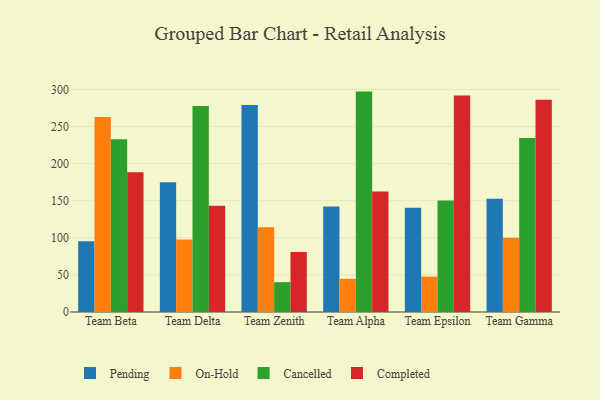
{"axis": {"x": "Team", "y": "LTV (USD)"}, "legend": ["Cancelled", "Completed", "On-Hold", "Pending"], "data": [{"x": "Team Beta", "y": 95.3, "type": "Pending"}, {"x": "Team Beta", "y": 262.9, "type": "On-Hold"}, {"x": "Team Beta", "y": 232.7, "type": "Cancelled"}, {"x": "Team Beta", "y": 188.3, "type": "Completed"}, {"x": "Team Delta", "y": 175.0, "type": "Pending"}, {"x": "Team Delta", "y": 97.8, "type": "On-Hold"}, {"x": "Team Delta", "y": 277.5, "type": "Cancelled"}, {"x": "Team Delta", "y": 143.2, "type": "Completed"}, {"x": "Team Zenith", "y": 279.0, "type": "Pending"}, {"x": "Team Zenith", "y": 114.2, "type": "On-Hold"}, {"x": "Team Zenith", "y": 40.2, "type": "Cancelled"}, {"x": "Team Zenith", "y": 80.9, "type": "Completed"}, {"x": "Team Alpha", "y": 142.3, "type": "Pending"}, {"x": "Team Alpha", "y": 44.7, "type": "On-Hold"}, {"x": "Team Alpha", "y": 297.0, "type": "Cancelled"}, {"x": "Team Alpha", "y": 162.5, "type": "Completed"}, {"x": "Team Epsilon", "y": 140.5, "type": "Pending"}, {"x": "Team Epsilon", "y": 47.7, "type": "On-Hold"}, {"x": "Team Epsilon", "y": 150.3, "type": "Cancelled"}, {"x": "Team Epsilon", "y": 291.9, "type": "Completed"}, {"x": "Team Gamma", "y": 152.5, "type": "Pending"}, {"x": "Team Gamma", "y": 100.2, "type": "On-Hold"}, {"x": "Team Gamma", "y": 234.6, "type": "Cancelled"}, {"x": "Team Gamma", "y": 285.9, "type": "Completed"}]}